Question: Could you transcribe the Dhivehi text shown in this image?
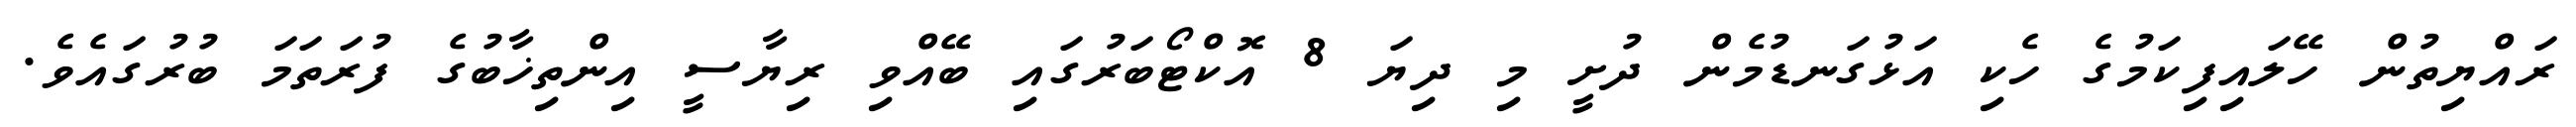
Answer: ރައްޔިތުން ހޭލައިފިކަމުގެ ހެކި އަޅުގަނޑުމެން ދުށީ މި ދިޔަ 8 އޮކްޓޯބަރުގައި ބޭއްވި ރިޔާސީ އިންތިޚާބުގެ ފުރަތަމަ ބުރުގައެވެ.